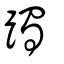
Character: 躅